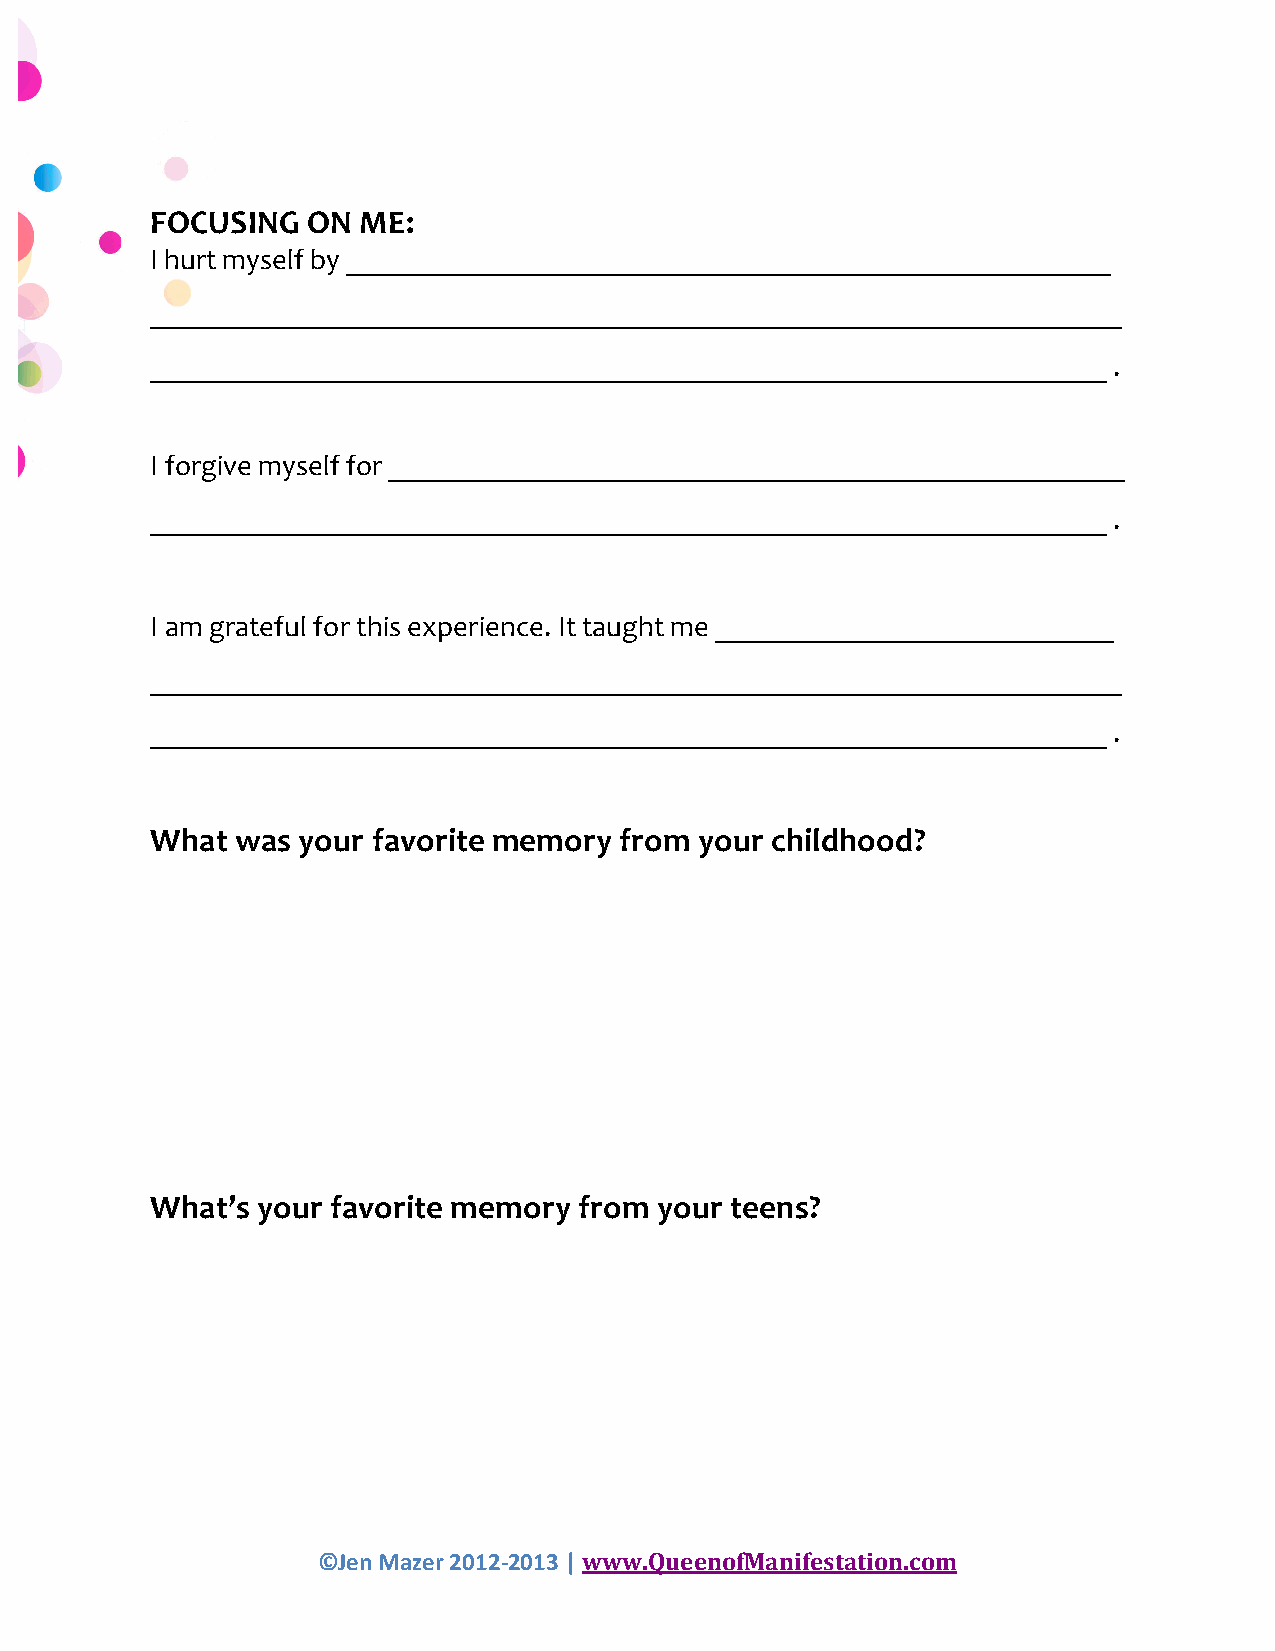
FOCUSING  ON  ME:
 I hurt myself by ____________________________________________________
 __________________________________________________________________
 _________________________________________________________________ .
 I forgive myself for __________________________________________________
 _________________________________________________________________ .
 I am grateful for this experience. It taught me ___________________________
 __________________________________________________________________
 _________________________________________________________________ .
 What  was your favorite memory from your childhood?
 What’s your favorite memory from  your teens?
 ©Jen Mazer 2012-­‐2013 | www.QueenofManifestation.com